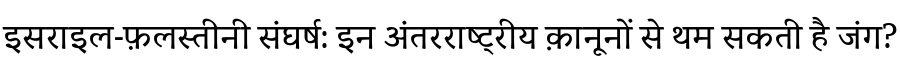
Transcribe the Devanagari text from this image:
इसराइल-फ़लस्तीनी संघर्ष: इन अंतरराष्ट्रीय क़ानूनों से थम सकती है जंग?